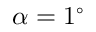
\alpha = 1 ^ { \circ }